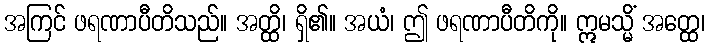
အကြင် ဖရဏာပီတိသည်။ အတ္ထိ၊ ရှိ၏။ အယံ၊ ဤ ဖရဏာပီတိကို။ ဣမသ္မိံ အတ္ထေ၊